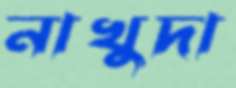
নাখুদা